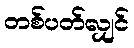
တစ်ပတ်လျှင်